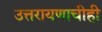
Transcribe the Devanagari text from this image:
उत्तरायणाचीही